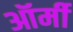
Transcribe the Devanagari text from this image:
ऑर्मी